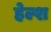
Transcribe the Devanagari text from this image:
हेल्श